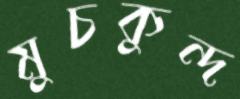
মুচকুন্দ